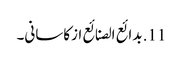
11. بدائع الصنائع ازکاسانی۔